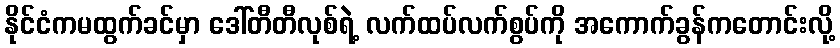
နိုင်ငံကမထွက်ခင်မှာ ဒေါ်တီတီလုစ်ရဲ့ လက်ထပ်လက်စွပ်ကို အကောက်ခွန်ကတောင်းလို့